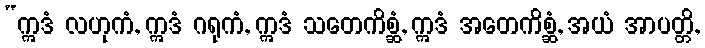
“ဣဒံ လဟုကံ, ဣဒံ ဂရုကံ, ဣဒံ သတေကိစ္ဆံ, ဣဒံ အတေကိစ္ဆံ, အယံ အာပတ္တိ,